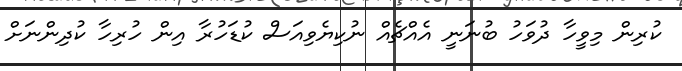
ކުރިން މިވީހާ ދުވަހު ބުނަނީ އެއްޗެއް ނުކިޔެވިއަސް ކުޑަހުރާ އިން ހުރިހާ ކުދިންނަށް